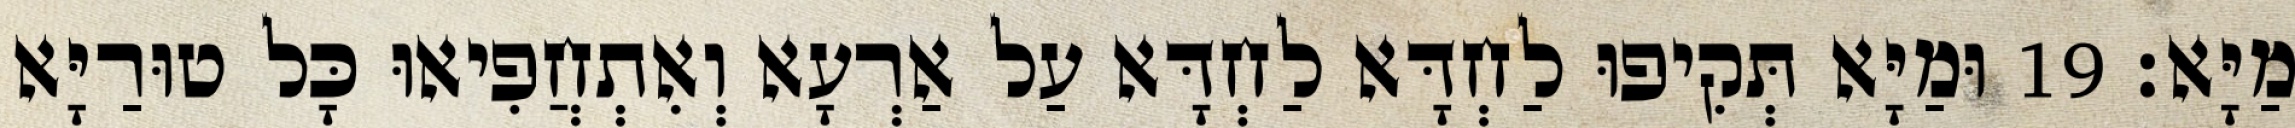
מַיָּא׃ 19 וּמַיָּא תְּקִיפוּ לַחְדָּא לַחְדָּא עַל אַרְעָא וְאִתְחֲפִיאוּ כָּל טוּרַיָּא